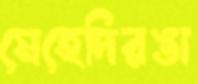
মেহেদিরঙা